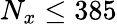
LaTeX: N_{x}\le 385